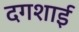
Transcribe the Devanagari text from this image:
दगशाई